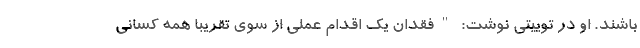
باشند. او در توییتی نوشت: "فقدان یک اقدام عملی از سوی تقریبا همه کسانی